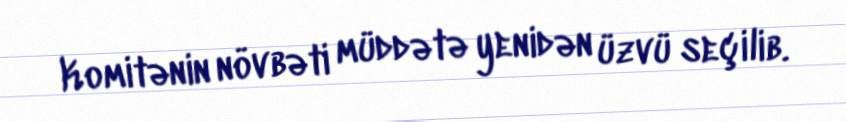
Komitənin növbəti müddətə yenidən üzvü seçilib.